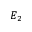
E _ { 2 }